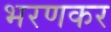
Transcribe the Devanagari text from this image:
भरणकर